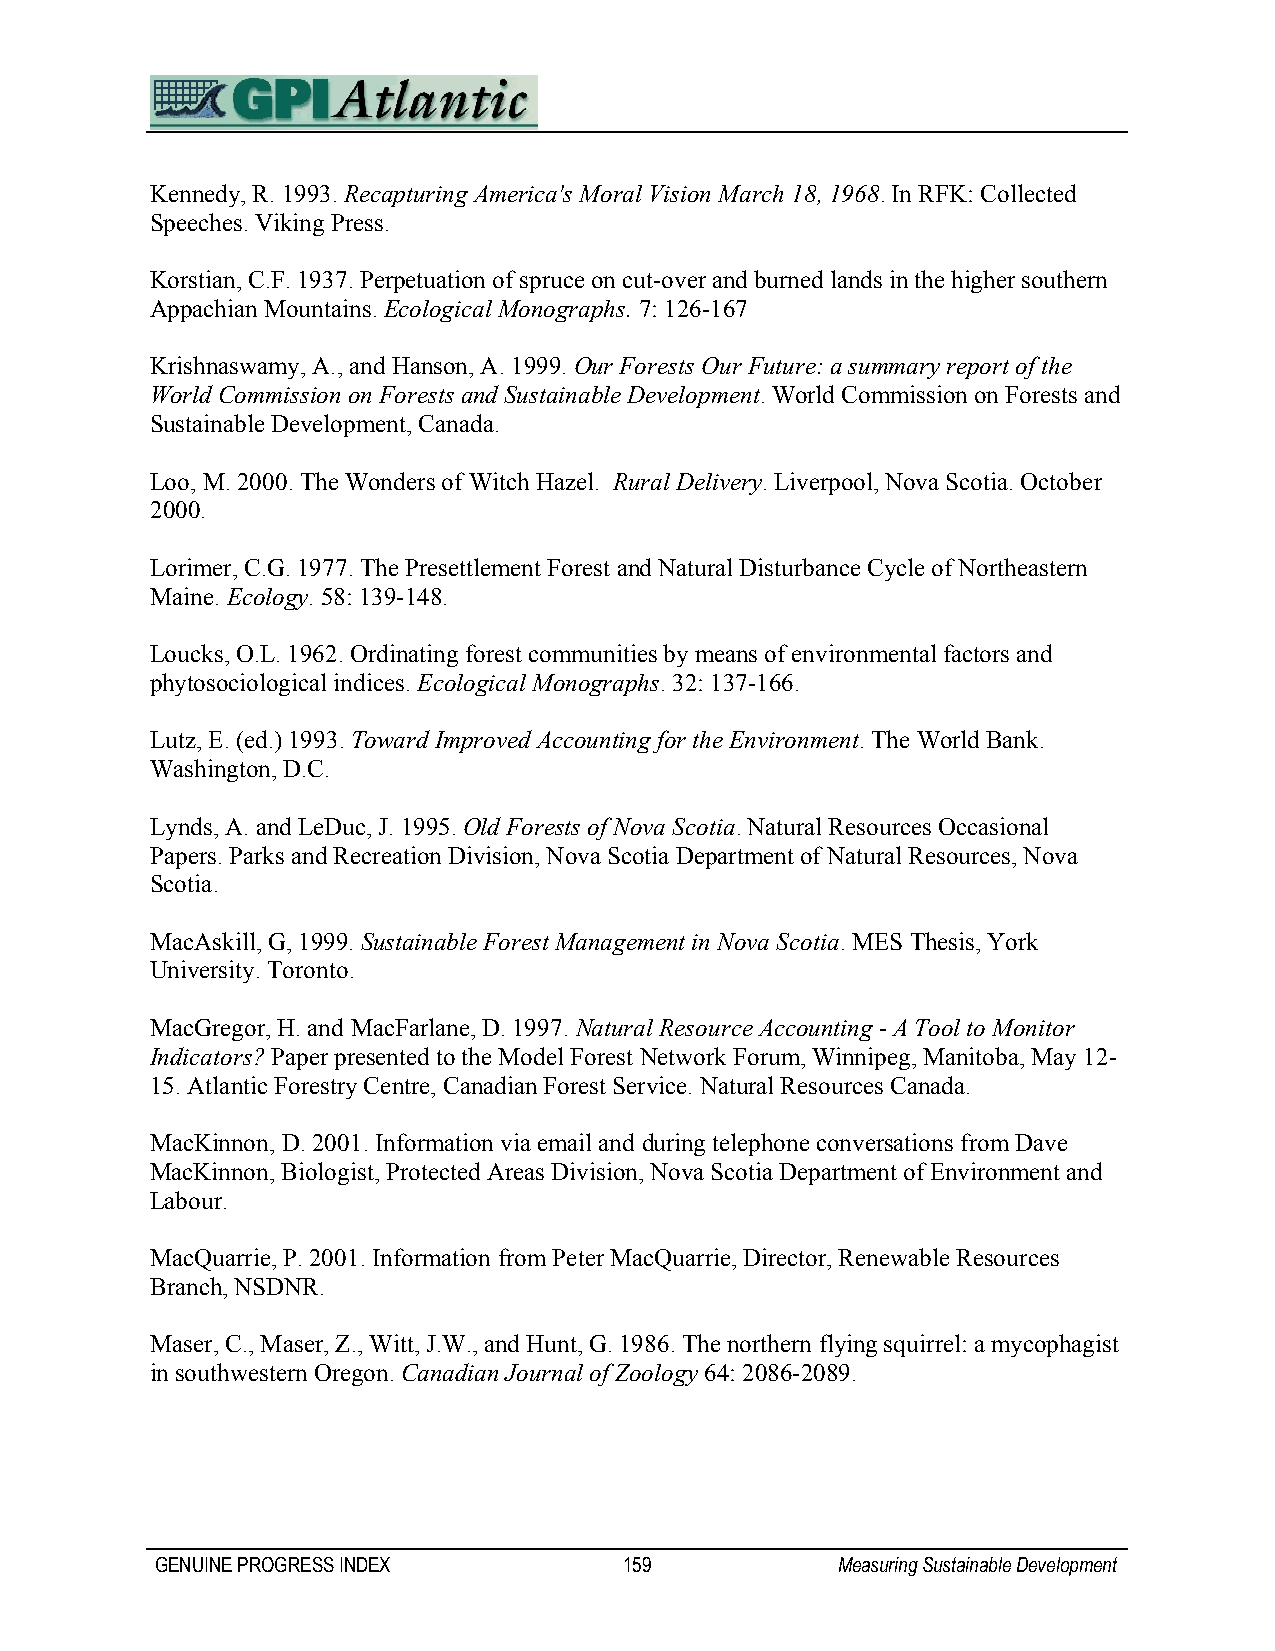
Kennedy, R. 1993. Recapturing America's Moral Vision March 18, 1968. In RFK: Collected
 Speeches. Viking Press.
 Korstian, C.F. 1937. Perpetuation of spruce on cut-over and burned lands in the higher southern
 Appachian Mountains. Ecological Monographs. 7: 126-167
 Krishnaswamy, A., and Hanson, A. 1999. Our Forests Our Future: a summary report of the
 World Commission on Forests and Sustainable Development. World Commission on Forests and
 Sustainable Development, Canada.
 Loo, M. 2000. The Wonders of Witch Hazel. Rural Delivery. Liverpool, Nova Scotia. October
 2000.
 Lorimer, C.G. 1977. The Presettlement Forest and Natural Disturbance Cycle of Northeastern
 Maine. Ecology. 58: 139-148.
 Loucks, O.L. 1962. Ordinating forest communities by means of environmental factors and
 phytosociological indices. Ecological Monographs. 32: 137-166.
 Lutz, E. (ed.) 1993. Toward Improved Accounting for the Environment. The World Bank.
 Washington, D.C.
 Lynds, A. and LeDuc, J. 1995. Old Forests of Nova Scotia. Natural Resources Occasional
 Papers. Parks and Recreation Division, Nova Scotia Department of Natural Resources, Nova
 Scotia.
 MacAskill, G, 1999. Sustainable Forest Management in Nova Scotia. MES Thesis, York
 University. Toronto.
 MacGregor, H. and MacFarlane, D. 1997. Natural Resource Accounting - A Tool to Monitor
 Indicators? Paper presented to the Model Forest Network Forum, Winnipeg, Manitoba, May 12-
 15. Atlantic Forestry Centre, Canadian Forest Service. Natural Resources Canada.
 MacKinnon, D. 2001. Information via email and during telephone conversations from Dave
 MacKinnon, Biologist, Protected Areas Division, Nova Scotia Department of Environment and
 Labour.
 MacQuarrie, P. 2001. Information from Peter MacQuarrie, Director, Renewable Resources
 Branch, NSDNR.
 Maser, C., Maser, Z., Witt, J.W., and Hunt, G. 1986. The northern flying squirrel: a mycophagist
 in southwestern Oregon. Canadian Journal of Zoology 64: 2086-2089.
 GENUINE PROGRESS INDEX         159           Measuring Sustainable Development